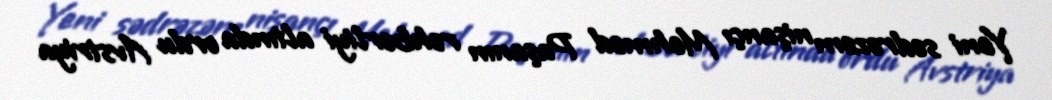
Yeni sədrəzəm nişançı Mehmed Paşanın rəhbərliyi altında ordu Avstriya